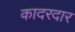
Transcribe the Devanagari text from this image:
कादरदार